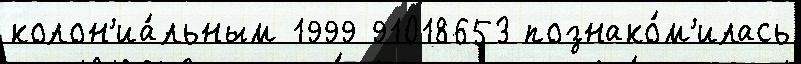
колон'иа́льным 1999 91018653 познако́м'илась